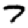
Digit: 7